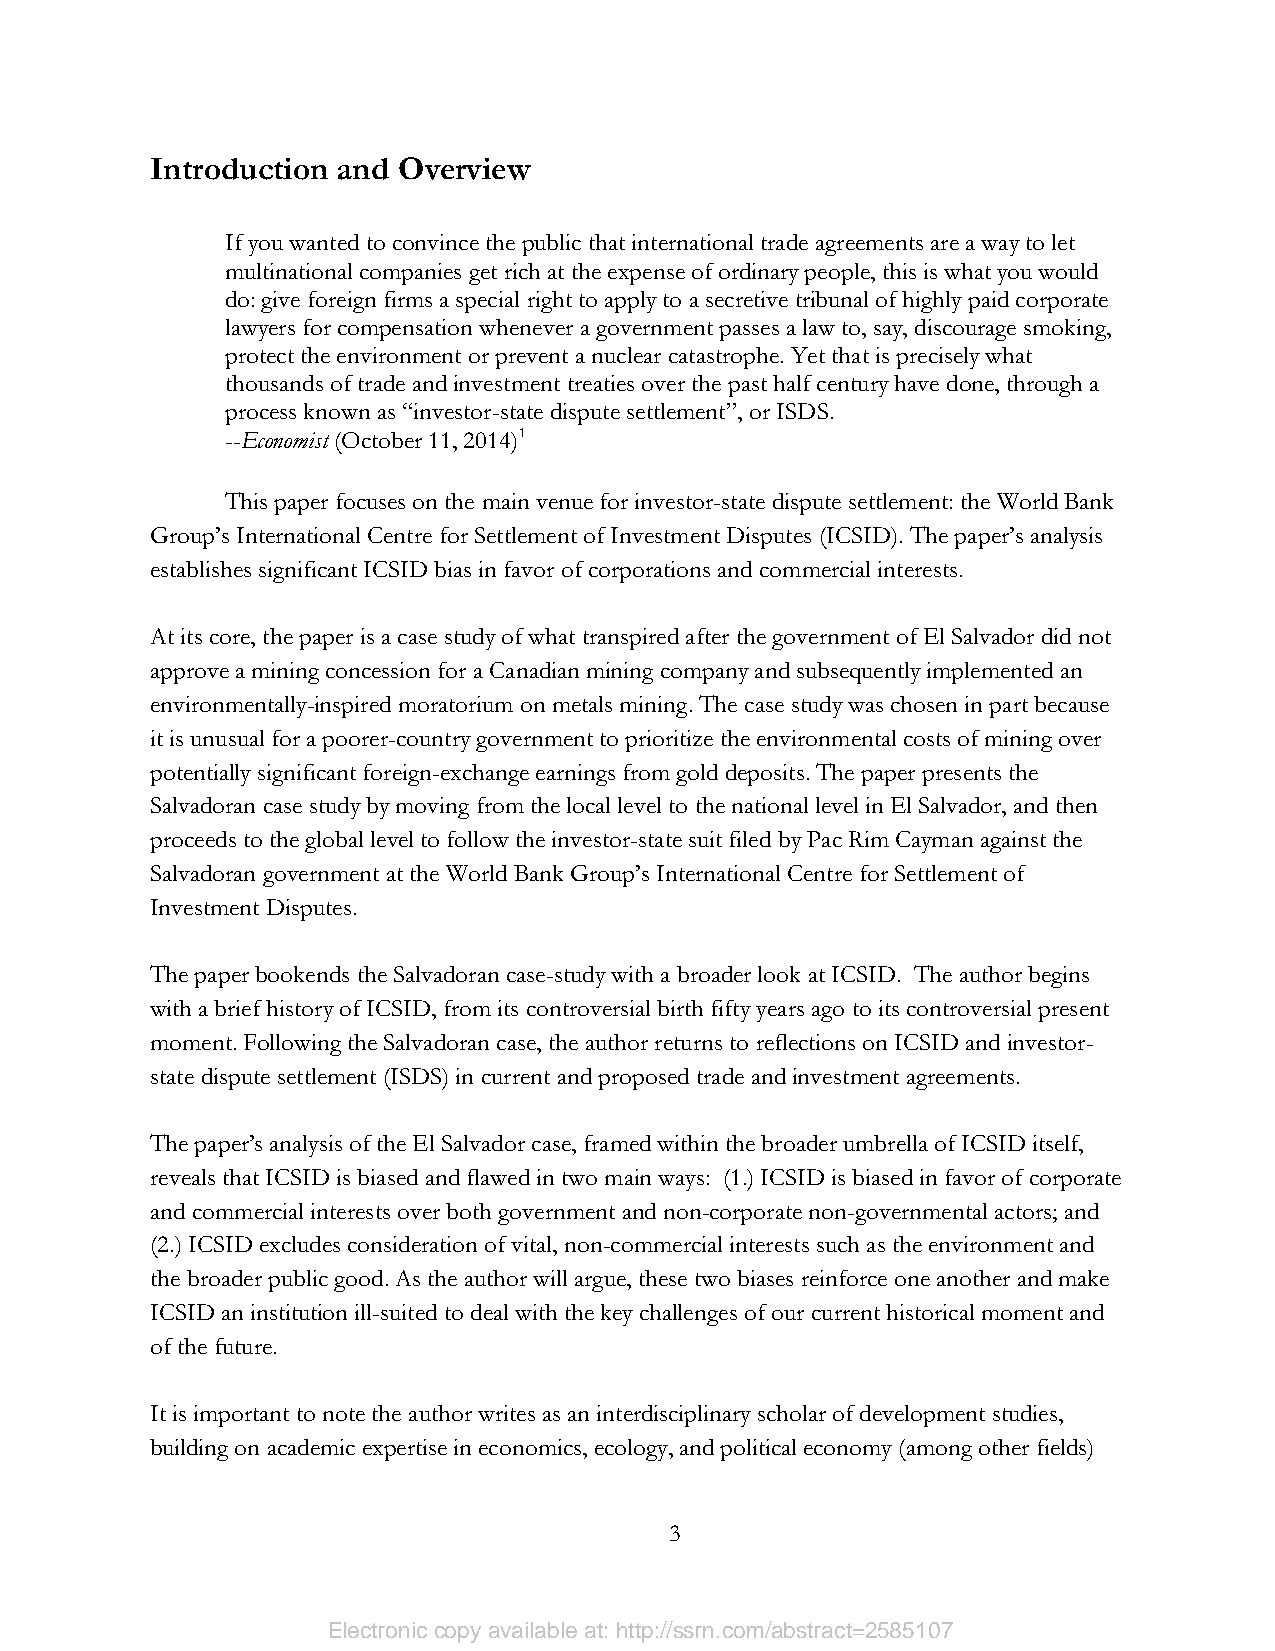
Introduction and Overview
 If you wanted to convince the public that international trade agreements are a way to let
 multinational companies get rich at the expense of ordinary people, this is what you would
 do: give foreign firms a special right to apply to a secretive tribunal of highly paid corporate
 lawyers for compensation whenever a government passes a law to, say, discourage smoking,
 protect the environment or prevent a nuclear catastrophe. Yet that is precisely what
 thousands of trade and investment treaties over the past half century have done, through a
 process known as “investor-state dispute settlement”, or ISDS.
 --Economist (October 11, 2014)1
 This paper focuses on the main venue for investor-state dispute settlement: the World Bank
 Group’s International Centre for Settlement of Investment Disputes (ICSID). The paper’s analysis
 establishes significant ICSID bias in favor of corporations and commercial interests.
 At its core, the paper is a case study of what transpired after the government of El Salvador did not
 approve a mining concession for a Canadian mining company and subsequently implemented an
 environmentally-inspired moratorium on metals mining. The case study was chosen in part because
 it is unusual for a poorer-country government to prioritize the environmental costs of mining over
 potentially significant foreign-exchange earnings from gold deposits. The paper presents the
 Salvadoran case study by moving from the local level to the national level in El Salvador, and then
 proceeds to the global level to follow the investor-state suit filed by Pac Rim Cayman against the
 Salvadoran government at the World Bank Group’s International Centre for Settlement of
 Investment Disputes.
 The paper bookends the Salvadoran case-study with a broader look at ICSID. The author begins
 with a brief history of ICSID, from its controversial birth fifty years ago to its controversial present
 moment. Following the Salvadoran case, the author returns to reflections on ICSID and investor-
 state dispute settlement (ISDS) in current and proposed trade and investment agreements.
 The paper’s analysis of the El Salvador case, framed within the broader umbrella of ICSID itself,
 reveals that ICSID is biased and flawed in two main ways: (1.) ICSID is biased in favor of corporate
 and commercial interests over both government and non-corporate non-governmental actors; and
 (2.) ICSID excludes consideration of vital, non-commercial interests such as the environment and
 the broader public good. As the author will argue, these two biases reinforce one another and make
 ICSID an institution ill-suited to deal with the key challenges of our current historical moment and
 of the future.
 It is important to note the author writes as an interdisciplinary scholar of development studies,
 building on academic expertise in economics, ecology, and political economy (among other fields)
 3
 Electronic copy available at: http://ssrn.com/abstract=2585107